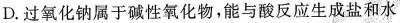
D.过氧化钠属于碱性氧化物，能与酸反应生成盐和水